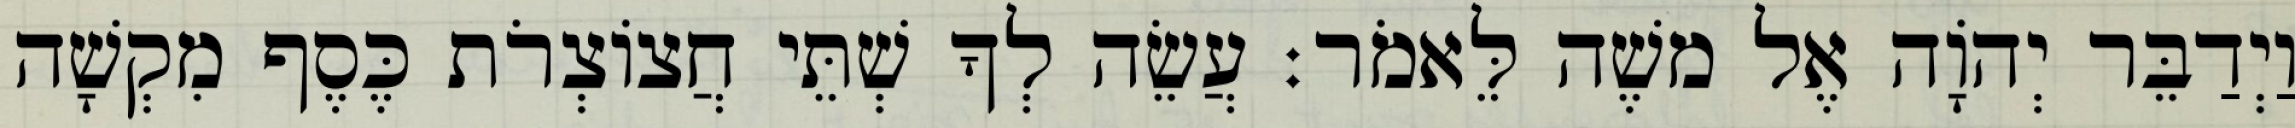
וַיְדַבֵּר יְהוָֹה אֶל משֶׁה לֵּאמֹר׃ עֲשֵׂה לְךָ שְׁתֵּי חֲצוֹצְרֹת כֶּסֶף מִקְשָׁה